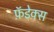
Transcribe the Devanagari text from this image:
फ़ॅडेक्स